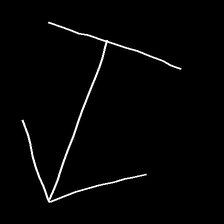
Glyph: levitation